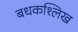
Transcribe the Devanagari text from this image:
बधकश्लिख